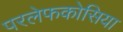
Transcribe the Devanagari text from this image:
परलेफकोसिया